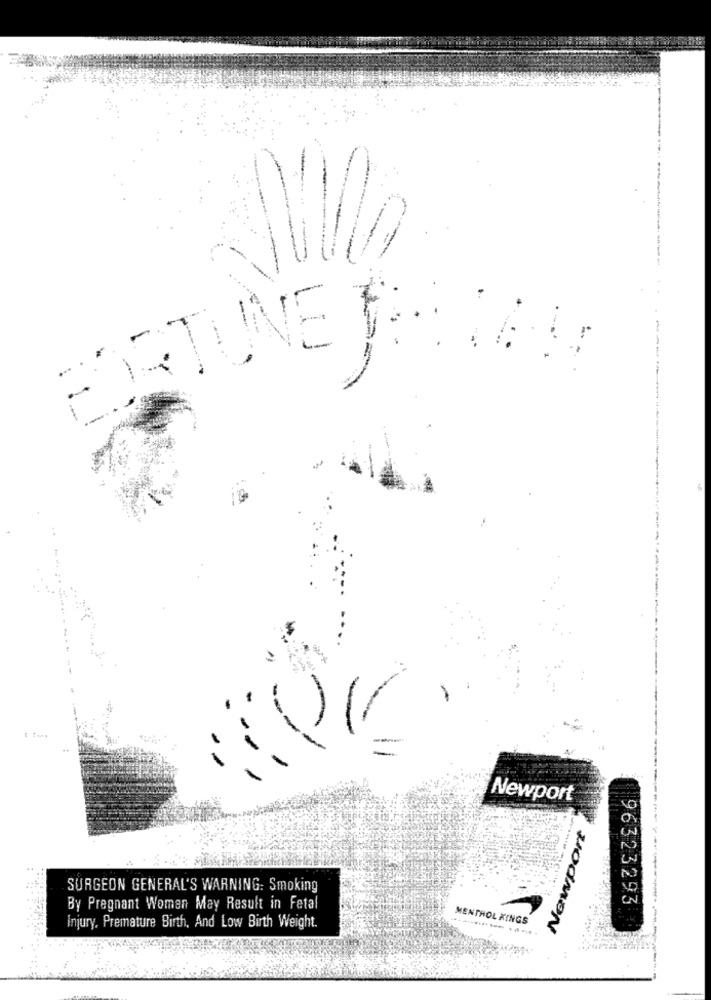
---
FORTUNE THE0A
Newport
Newport
SURGEON GENERAL'S WARNING: Smoking
96323293
By Pregnant Women May Result in Fetal
MENTHOL KINGS
Injury, Premature Birth, And Low Birth Weight.